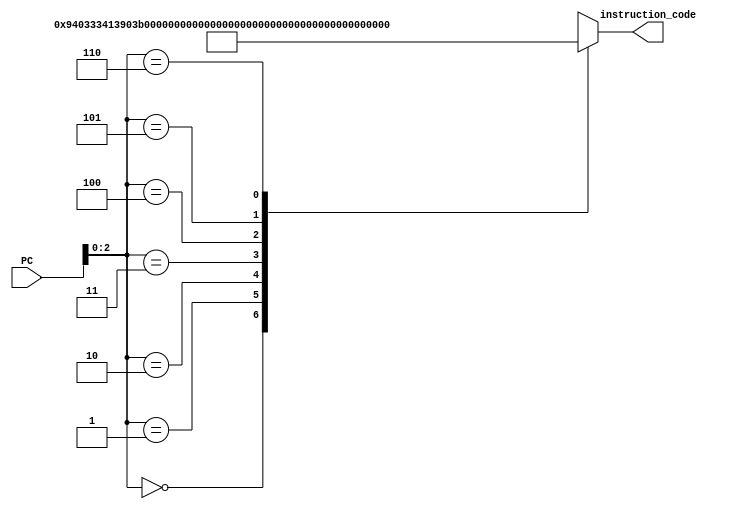
module INS_MEM(
    input [31:0] PC,
    output [31:0] instruction_code
);
    reg [31:0] Memory [6:0]; 

    
    assign instruction_code = Memory[PC];

    
   always @(*)
    begin
     
         
          Memory[0] = 32'h00940333; // ADD
          
            Memory[1] = 32'h413903b3; // SUB
            
            Memory[2] = 32'h017b4e33; // XOR
           
            Memory[3] = 32'h00f768b3; // OR
                        
             Memory[4] = 32'h00d67fb3; // AND
            
            Memory[5] = 32'h019c1eb3; // SLL
           
            Memory[6] = 32'h01bd5f33; // SRL
           
      
    end
endmodule